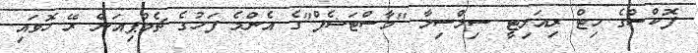
ފޮކްސްގެ ހިޓް ރިިއަލިޓީ ސިލްސިލާ "މާސްޓަޝެފް"ގެ އެންމެ ފަހުގެ ޗެމްޕިއަން ރޭ ހޮވައި